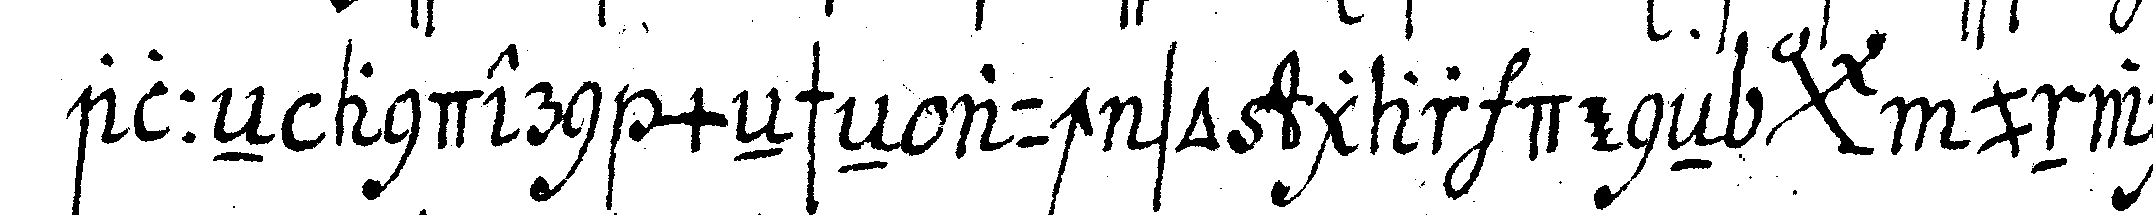
alleN andern meNscheN auch so gar deneN *bigx* unwis